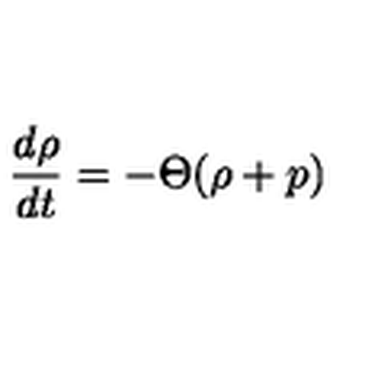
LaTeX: \frac { d \rho } { d t } = - \Theta ( \rho + p )